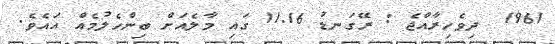
1961  ދިވެހިރާއްޖެ : ރޭގަނޑު 11.16 ގައި މާލެއަށް ބިންހެލުމެއް އައެވެ.